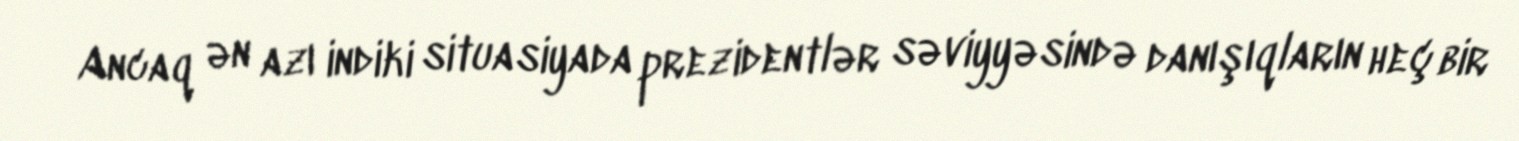
Ancaq ən azı indiki situasiyada prezidentlər səviyyəsində danışıqların heç bir